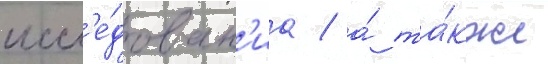
иссл'е́дован'иа / а́ та́кже